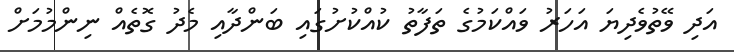
އަދި ވޭތުވެދިޔަ އަހަރު ވައްކަމުގެ ތަފާތު ކުއްކުށުގައި ބަންދާއި މެދު ގޮތެއް ނިންމުމަށް